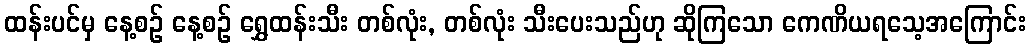
ထန်းပင်မှ နေ့စဉ် နေ့စဉ် ရွှေထန်းသီး တစ်လုံး, တစ်လုံး သီးပေးသည်ဟု ဆိုကြသော ကေဏိယရသေ့အကြောင်း